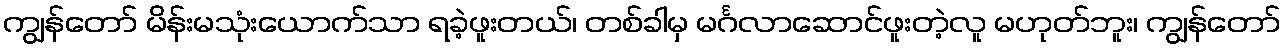
ကျွန်တော် မိန်းမသုံးယောက်သာ ရခဲ့ဖူးတယ်၊ တစ်ခါမှ မင်္ဂလာဆောင်ဖူးတဲ့လူ မဟုတ်ဘူး၊ ကျွန်တော်